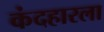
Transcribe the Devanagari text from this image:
कंदहारला